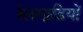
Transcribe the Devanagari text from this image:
रेलगाडि़यों